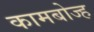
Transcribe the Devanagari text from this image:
कामबोज्ह